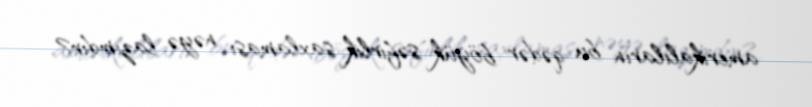
amerikalıların bu qədər böyük səfirlik saxlaması nəyə lazımdır?.